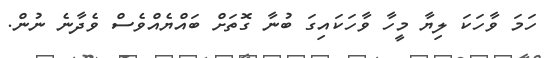
ހަމަ ވާހަކަ ލިޔާ މީހާ ވާހަކައިގަ ބުނާ ގޮތަށް ބައްޔެއްވެސް ވެދާނެ ނުން.